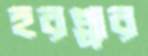
হরপ্পার